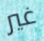
غير